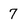
Character: 7